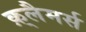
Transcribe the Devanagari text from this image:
क़्लैमर्स